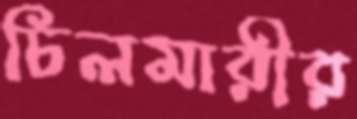
চিলমারীর